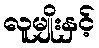
လူမျိုးနှင့်